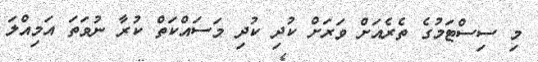
މި ސިސްޓަމުގެ ތެރެއަށް ވަރަށް ކުދި ކުދި މަސައްކަތް ކުރާ ނުވަތަ އަމިއްލަ